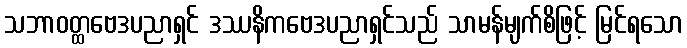
သဘာဝတ္ထဗေဒပညာရှင် ဒဿနိကဗေဒပညာရှင်သည် သာမန်မျက်စိဖြင့် မြင်ရသော